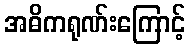
အဓိကရုဏ်းကြောင့်